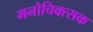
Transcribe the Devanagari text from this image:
मनोचिक्त्सक